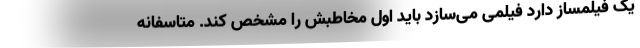
یک فیلمساز دارد فیلمی می‌سازد باید اول مخاطبش را مشخص کند. متاسفانه